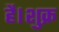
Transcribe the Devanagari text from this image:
है।शुक्र